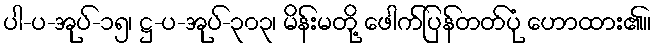
ပါ-ပ-အုပ်-၁၅၊ ဋ္ဌ-ပ-အုပ်-၃၀၃၊ မိန်းမတို့ ဖေါက်ပြန်တတ်ပုံ ဟောထား၏။